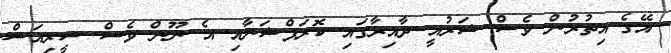
އޭގެ އިތުރުން ވެސް ޝަރުއީ ދާއިރާގައި ކޮރަޕްޝަނާއި އެ ނޫން ވެސް ސީރިއަސް